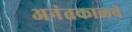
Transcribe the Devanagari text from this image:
अनंतकाळचे